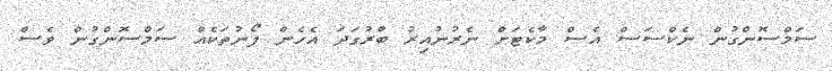
ސަމްސޮންގުން ނެކްސަސް އެސް މާކެޓަށް ނެރުނުއިރު ބާރުގަދަ އެހެން ފޯނުތަކެއް ސަމްސޮންގުން ވެސް